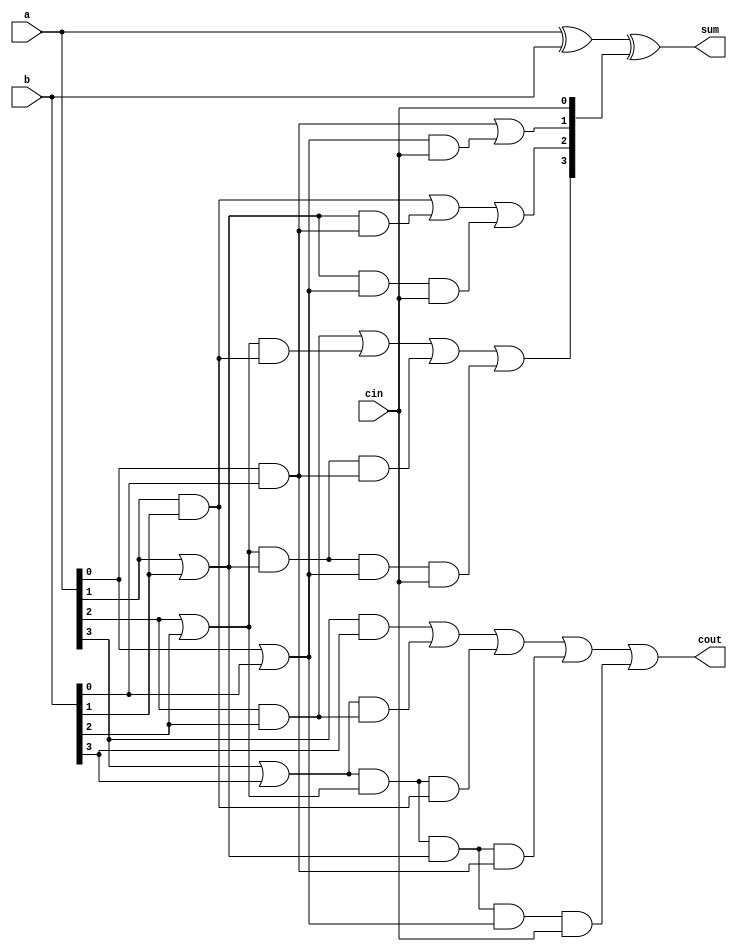
/* ACM Class System (I) 2017 Fall Homework 1 
 *
 * Part I: Write an adder in Verilog
 *
 * Implement your Carry Look Ahead Adder here
 * 
 * GUIDE:
 *   1. Create a RTL project in Vivado
 *   2. Put this file into `Sources'
 *   3. Put `test_adder.v' into `Simulation Sources'
 *   4. Run Behavioral Simulation
 *   5. Make sure to run at least 100 steps during the simulation (usually 100ns)
 *   6. You can see the results in `Tcl console'
 *
 */

module fastadder(a, b, cin, sum, cout);
	parameter N = 4;
	input [N : 1] a, b;
	output [N : 1] sum;
	input cin;
	output cout;
	wire [N : 1] c, g, p;
	assign g[1] = a[1] & b[1], g[2] = a[2] & b[2], g[3] = a[3] & b[3], g[4] = a[4] & b[4];
	assign p[1] = a[1] | b[1], p[2] = a[2] | b[2], p[3] = a[3] | b[3], p[4] = a[4] | b[4];
	assign c[1] = g[1] | (p[1] & cin), c[2] = g[2] | (p[2] & g[1]) | (p[2] & p[1] & cin),
	c[3] = g[3] | (p[3] & g[2]) | (p[3] & p[2] & g[1]) | (p[3] & p[2] & p[1] & cin),
	cout = g[4] | (p[4] & g[3]) | (p[4] & p[3] & g[2]) | (p[4] & p[3] & p[2] & g[1]) | (p[4] & p[3] & p[2] & p[1] & cin);
	assign sum[N : 1] = a[N : 1] ^ b[N : 1] ^ {c[N - 1: 1], cin};
endmodule

module adder(A, B, Sum);
	parameter N = 16;
	input [N : 1] A, B;
	output [N : 1] Sum;
	wire [N : 0] Cin;
	assign Cin[0] = 0;
	fastadder
	FA1(.a(A[4 : 1]), .b(B[4 : 1]), .cin(Cin[0]), .sum(Sum[4 : 1]), .cout(Cin[4])),
	FA2(.a(A[8 : 5]), .b(B[8 : 5]), .cin(Cin[4]), .sum(Sum[8 : 5]), .cout(Cin[8])),
	FA3(.a(A[12 : 9]), .b(B[12 : 9]), .cin(Cin[8]), .sum(Sum[12 : 9]), .cout(Cin[12])),
	FA4(.a(A[16 : 13]), .b(B[16 : 13]), .cin(Cin[12]), .sum(Sum[16 : 13]), .cout(Cin[16]));
endmodule